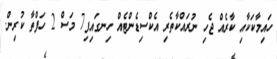
ހައިމާކަކާއި ކާރެއް ޖެހި ނުރައްކާތެރި އެކްސިޑެންޓެއް ހިނގައިފި7 މަސް 2 ހަފްތާ ކުރިން.